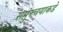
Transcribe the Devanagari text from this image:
समुच्चयाकडे